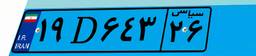
۱۹D۶۴۳۲۶